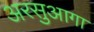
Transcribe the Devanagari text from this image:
अरसुआगा